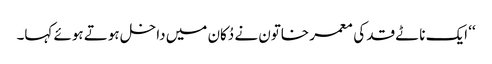
‘‘ ایک ناٹے قد کی معمر خاتون نے دُکان میں داخل ہوتے ہوئے کہا۔